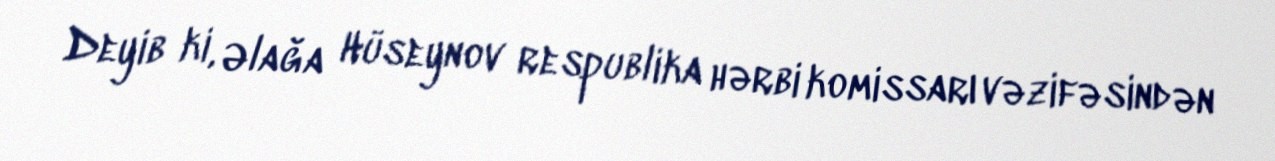
Deyib ki, Əlağa Hüseynov respublika hərbi komissarı vəzifəsindən